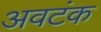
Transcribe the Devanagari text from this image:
अवटंक